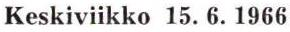
Keskiviikko 15.6.1966